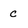
Character: c